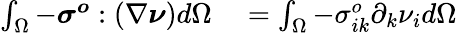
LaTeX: \begin{array}{rl}{\int_{\Omega}-\boldsymbol{\sigma^{o}}:(\nabla\boldsymbol{\nu})d\Omega}&{{}=\int_{\Omega}-\sigma_{ik}^{o}\partial_{k}\nu_{i}d\Omega}\end{array}